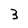
Character: 3